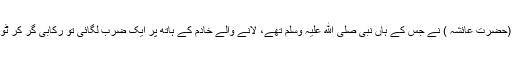
اس اہلیہ (حضرت عائشہ ) نے جس کے ہاں نبی صلی ﷲ علیہ وسلم تھے، لانے والے خادم کے ہاتھ پر ایک ضرب لگائی تو رکابی گر کر ٹوٹ گئی ۔